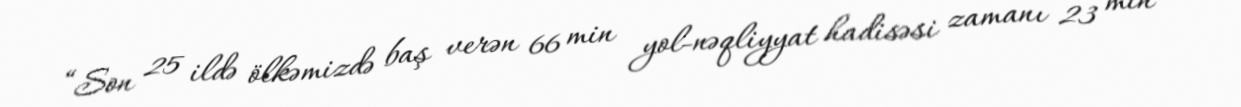
“Son 25 ildə ölkəmizdə baş verən 66 min yol-nəqliyyat hadisəsi zamanı 23 min